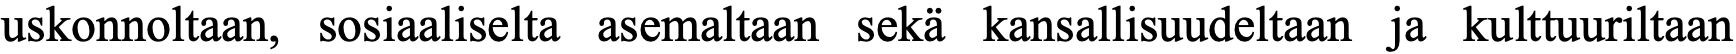
uskonnoltaan, sosiaaliselta asemaltaan sekä kansallisuudeltaan ja kulttuuriltaan